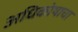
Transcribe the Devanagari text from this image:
अधिकोषाचा